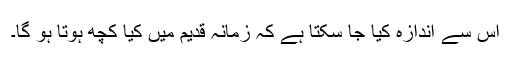
اس سے اندازہ کیا جا سکتا ہے کہ زمانہ قدیم میں کیا کچھ ہوتا ہو گا۔